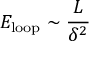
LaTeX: E _ { \mathrm { l o o p } } \sim \frac { L } { \delta ^ { 2 } }